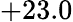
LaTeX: +23.0